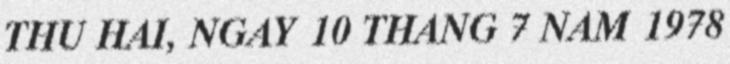
THU HAI, NGAY 10 THANG 7 NAM 1978